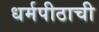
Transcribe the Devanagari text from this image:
धर्मपीठाची